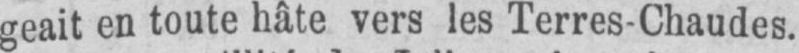
geait en toute hâte vers les Terres-Chaudes.